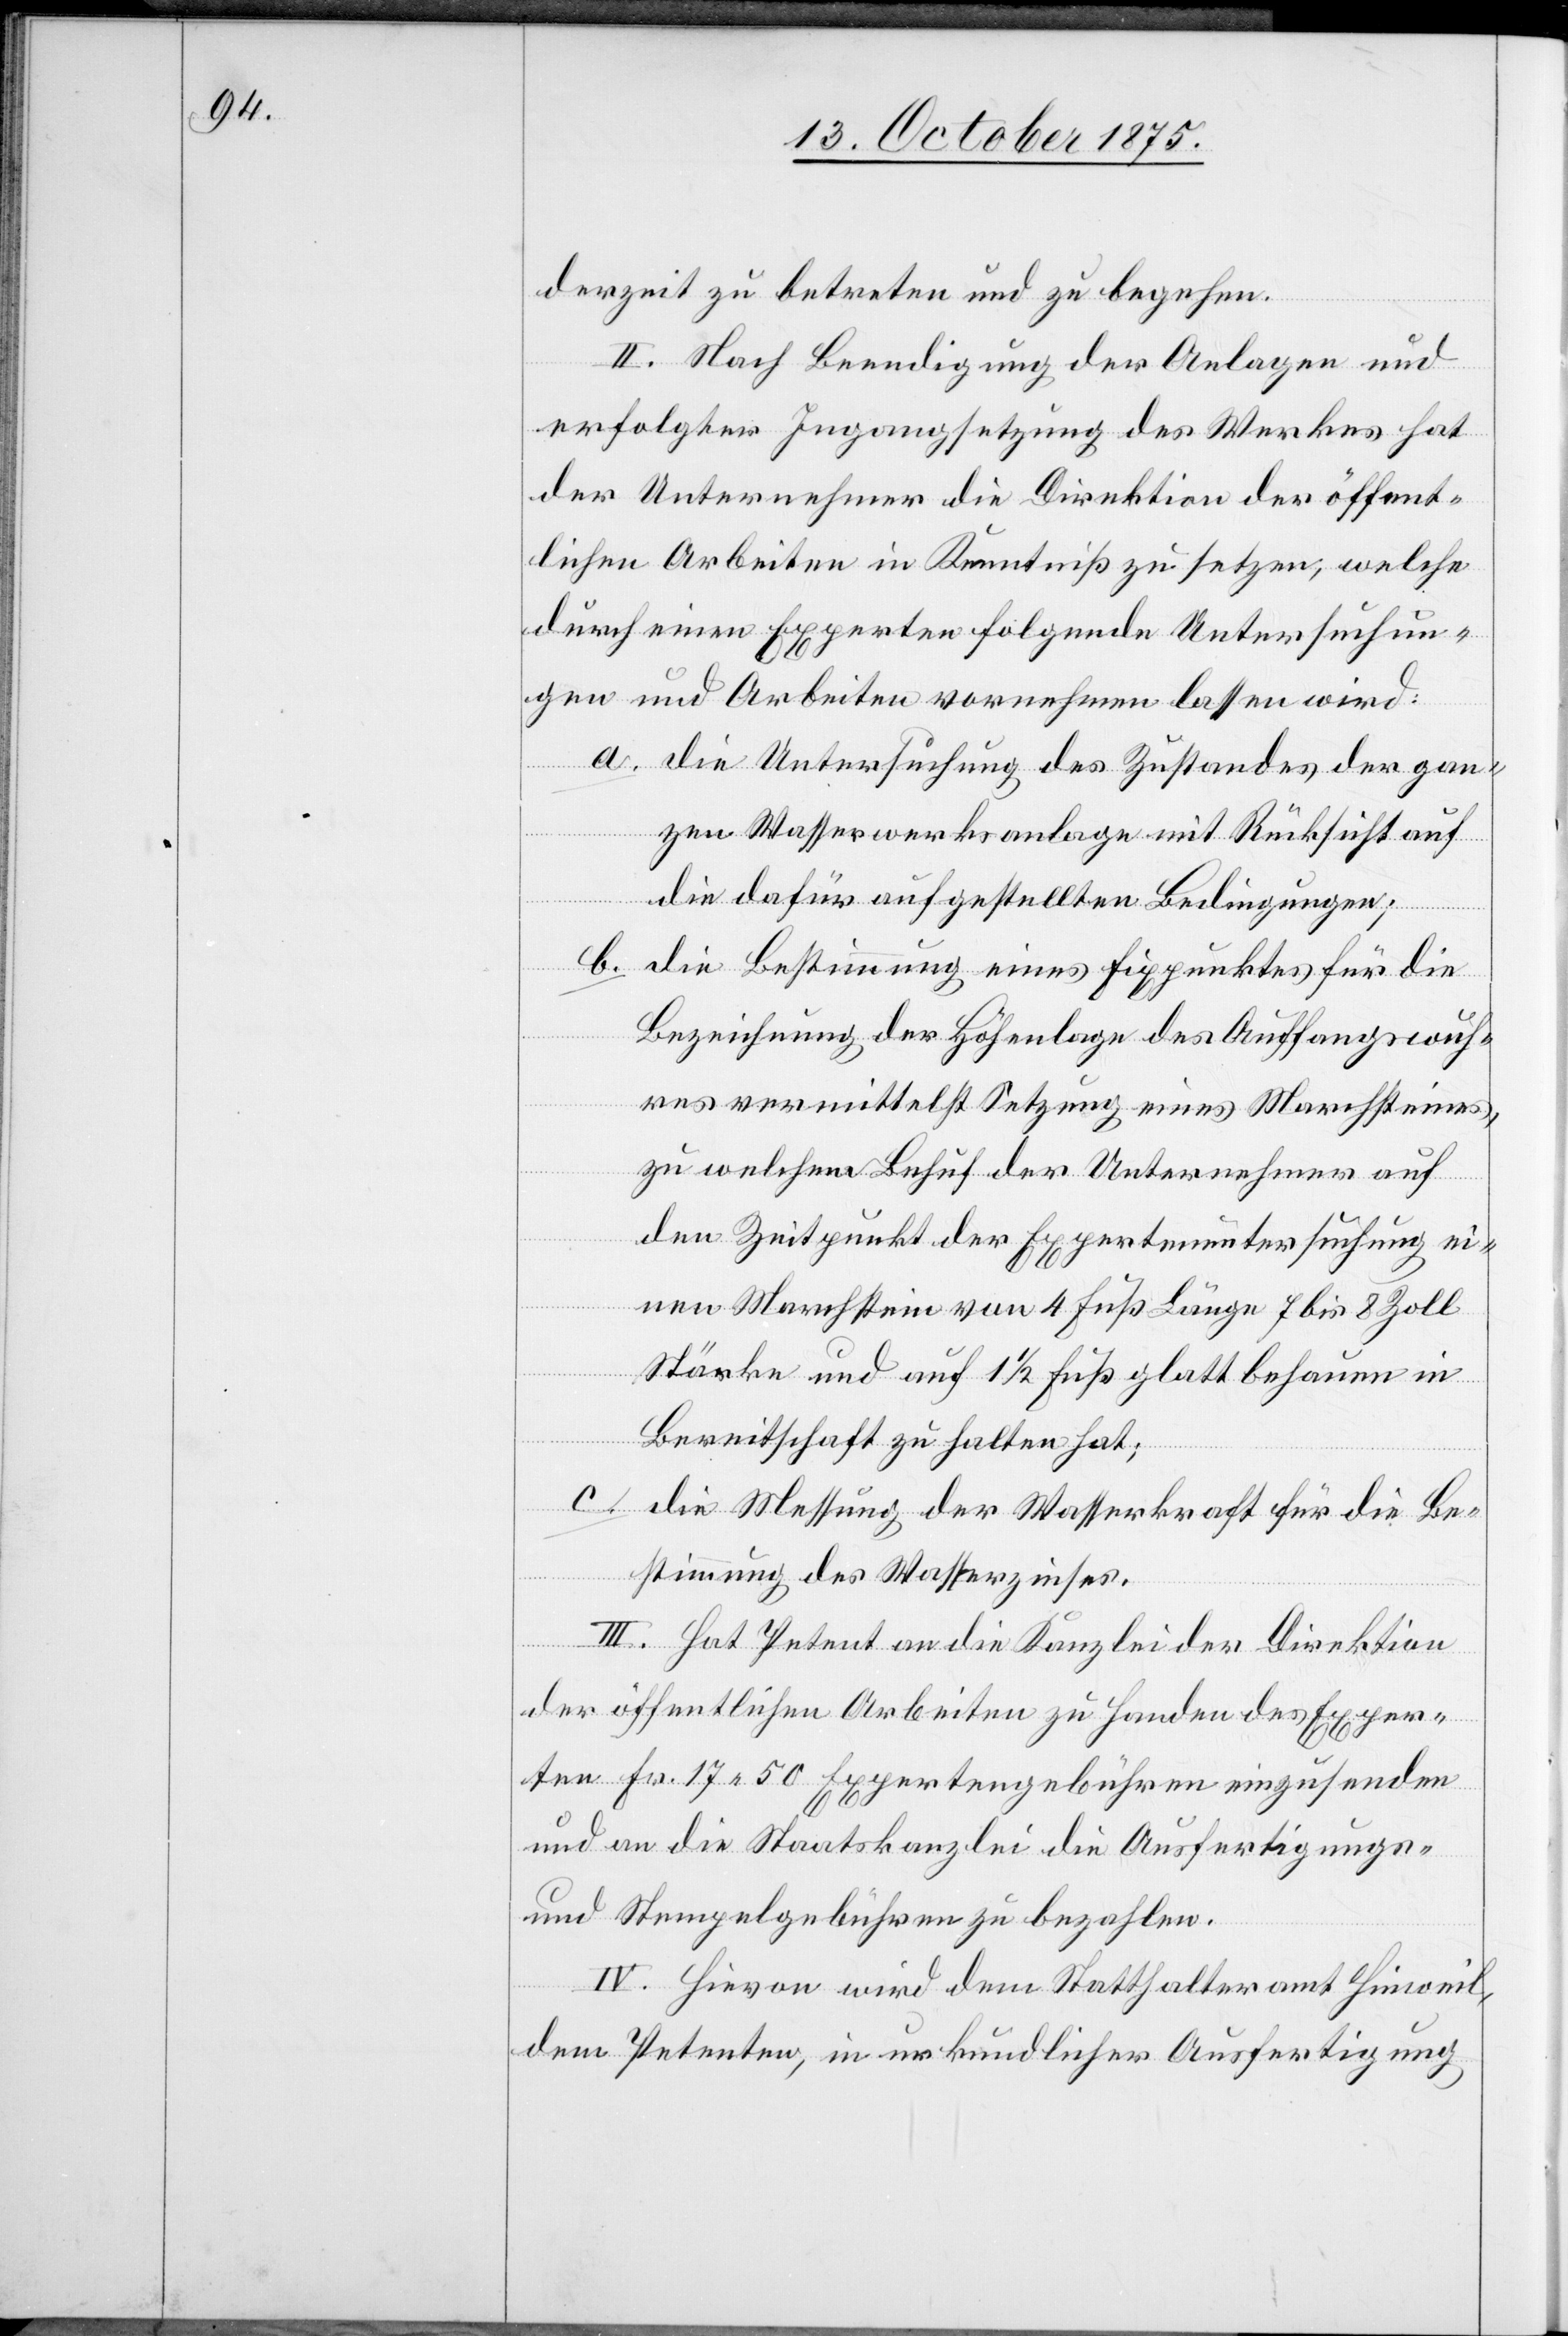
derzeit zu betreten und zu begehen.
II. Nach Beendigung der Anlagen und
erfolgter Ingangsetzung des Werkes hat
der Unternehmer die Direktion der öffent¬
lichen Arbeiten in Kenntniß zu setzen, welche
durch einen Experten folgende Untersuchun¬
gen und Arbeiten vornehmen lassen wird:
a. die Untersuchung des Zustandes der gan¬
zen Wasserwerksanlage mit Rücksicht auf
die dafür aufgestellten Bedingungen.
b. die Bestimmung eines Fixpunktes für die
Bezeichnung der Höhenlage des Auffangswuh¬
res vermittelst Setzung eine Marchsteines,
zu welchem Behuf der Unternehmer auf
den Zeitpunkt der Expertenuntersuchung ei¬
nen Marchstein von 4 Fuß Länge 7 bis 8 Zoll
Stärke und auf 1 1/2 Fuß glatt behauen in
Bereitschaft zu halten hat;
c. die Messung der Wasserkraft für die Be¬
stimmung des Wasserzinses.
III. Hat Petent an die Kanzlei der Direktion
der öffentlichen Arbeiten zu Handen des Exper¬
ten Fr. 17 50 Expertengebühren einzusenden
und an die Staatskanzlei die Ausfertigungs-
und Stempelgebühren zu bezahlen.
IV. Hievon wird dem Statthalteramt Hinweil,
dem Petenten, in urkundlicher Ausfertigung